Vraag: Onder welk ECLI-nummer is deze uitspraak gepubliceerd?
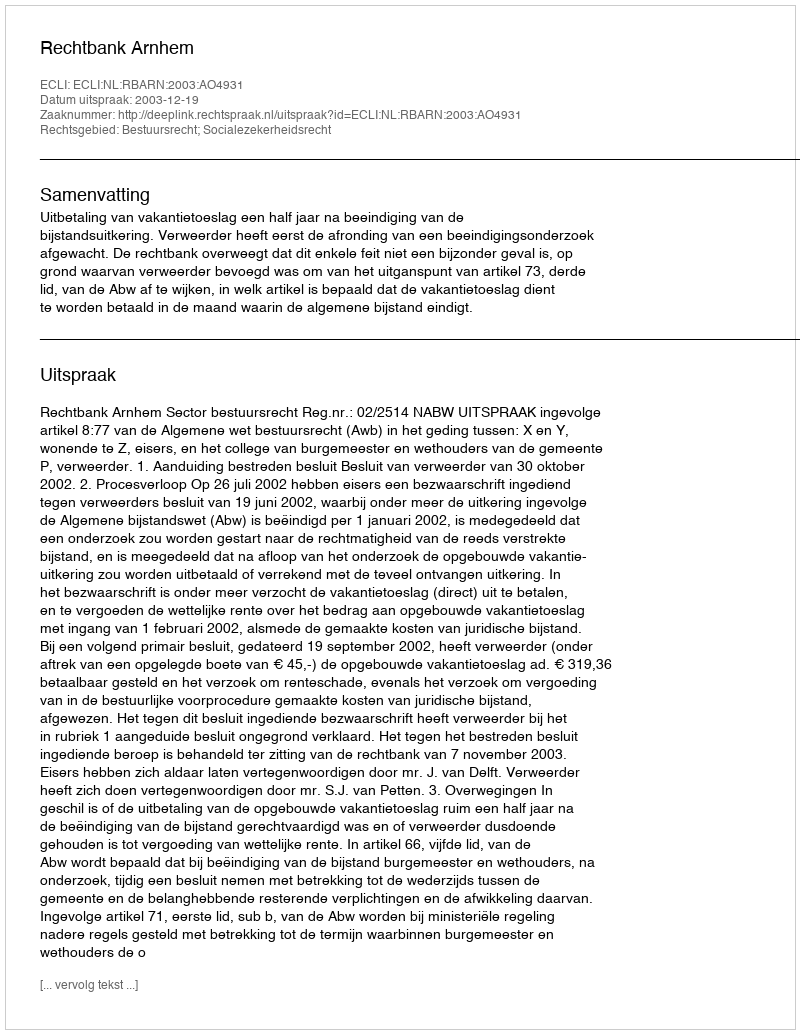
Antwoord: ECLI:NL:RBARN:2003:AO4931